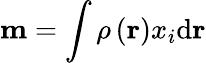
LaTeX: \mathbf{m}=\int\rho\left(\mathbf{r}\right)x_{i}\mathrm{d}\mathbf{r}